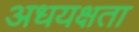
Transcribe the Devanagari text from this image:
अधयक्षता